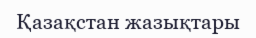
Қазақстан жазықтары